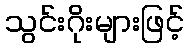
သွင်းဂိုးများဖြင့်